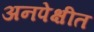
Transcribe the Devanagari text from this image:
अनपेक्षीत